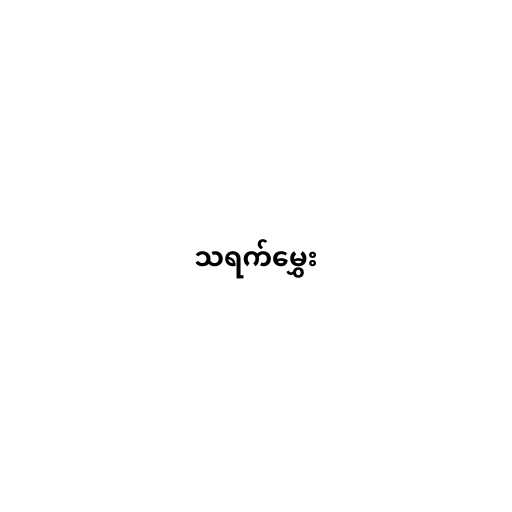
သရက်မွှေး